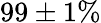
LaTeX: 99\pm 1\%